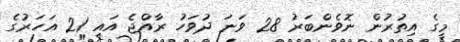
މީގެ އިތުރުން ނޮވެންބަރު 28 ވަނަ ދުވަހު ރާއްޖެ އައި 21 އަހަރުގެ